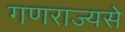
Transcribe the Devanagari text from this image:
गणराज्यसे